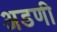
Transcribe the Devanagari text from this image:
अडणी